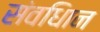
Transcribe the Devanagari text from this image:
संवधिान